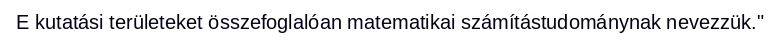
E kutatási területeket összefoglalóan matematikai számítástudománynak nevezzük."